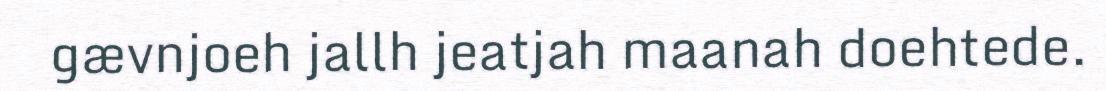
gævnjoeh jallh jeatjah maanah doehtede.